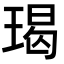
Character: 𭹨